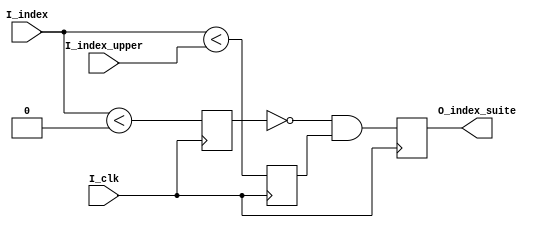
//FILE_HEADER---------------------------------------------------------------------------------------
//ZTE  Copyright (C)
//ZTE Company Confidential
//--------------------------------------------------------------------------------------------------
//Project Name : cnna
//Department   : Technical Planning Department/System Products/ZTE
//--------------------------------------------------------------------------------------------------
//Module Hiberarchy :
//        |--U01_suite_range
//        |--U02_axim_wddr
// cnna --|--U03_axis_reg
//        |--U04_main_process
//--------------------------------------------------------------------------------------------------
//Relaese History :
//--------------------------------------------------------------------------------------------------
//Version         Date           Author        Description
// 1.1           july-30-2019                    
//--------------------------------------------------------------------------------------------------
//Main Function:
//a)Get the data from ddr chip using axi master bus
//b)Write it to the ibuf ram
//--------------------------------------------------------------------------------------------------
//REUSE ISSUES: none
//Reset Strategy: synchronization 
//Clock Strategy: one common clock 
//Critical Timing: none 
//Asynchronous Interface: none 
//END_HEADER----------------------------------------------------------------------------------------
module suite_range #(
parameter 
    C_DIM_WIDTH =  16
    )(
input                               I_clk           ,
input       [       C_DIM_WIDTH-1:0]I_index         ,
input       [       C_DIM_WIDTH-1:0]I_index_upper   ,
output                              O_index_suite   
);

// function clogb2(input [C_DIM_WIDTH-1:0]depth);
//     begin
//         for(clogb2=0;depth>0;clogb2=clogb2+1)begin
//             depth = depth >> 1;
//         end
//     end
// endfunction
// 
// localparam C_REAL_WIDTH = clog2(I_index_upper);

reg                          S_index_less0      ;
reg                          S_index_lessupper  ;
reg                          S_index_suite      ;


always @(posedge I_clk)begin
    S_index_less0      <= ($signed(I_index) < 0)                            ;
    S_index_lessupper  <= ($signed(I_index) < $signed(I_index_upper) )      ; 
    S_index_suite      <= (!S_index_less0) && S_index_lessupper             ;
end

assign O_index_suite = S_index_suite;

////////////////////////////////////////////////////////////////////////////////////////////////////
// Naming specification                                                                         
// (1) w+"xxx" name type , means write clock domain                                             
//        such as wrst,wclk,winc,wdata, wptr, waddr,wfull, and so on                            
////////////////////////////////////////////////////////////////////////////////////////////////////

////////////////////////////////////////////////////////////////////////////////////////////////////
//                                                                                                
//    __    __    __    __    __    __    __    __    __    __    __    __    __    __    __    __
// __|  |__|  |__|  |__|  |__|  |__|  |__|  |__|  |__|  |__|  |__|  |__|  |__|  |__|  |__|  |__|  
//                                                                                                
//                                                                                                
////////////////////////////////////////////////////////////////////////////////////////////////////

////////////////////////////////////////////////////////////////////////////////////////////////////
//        u0_wptr_full                                                                           
////////////////////////////////////////////////////////////////////////////////////////////////////

endmodule